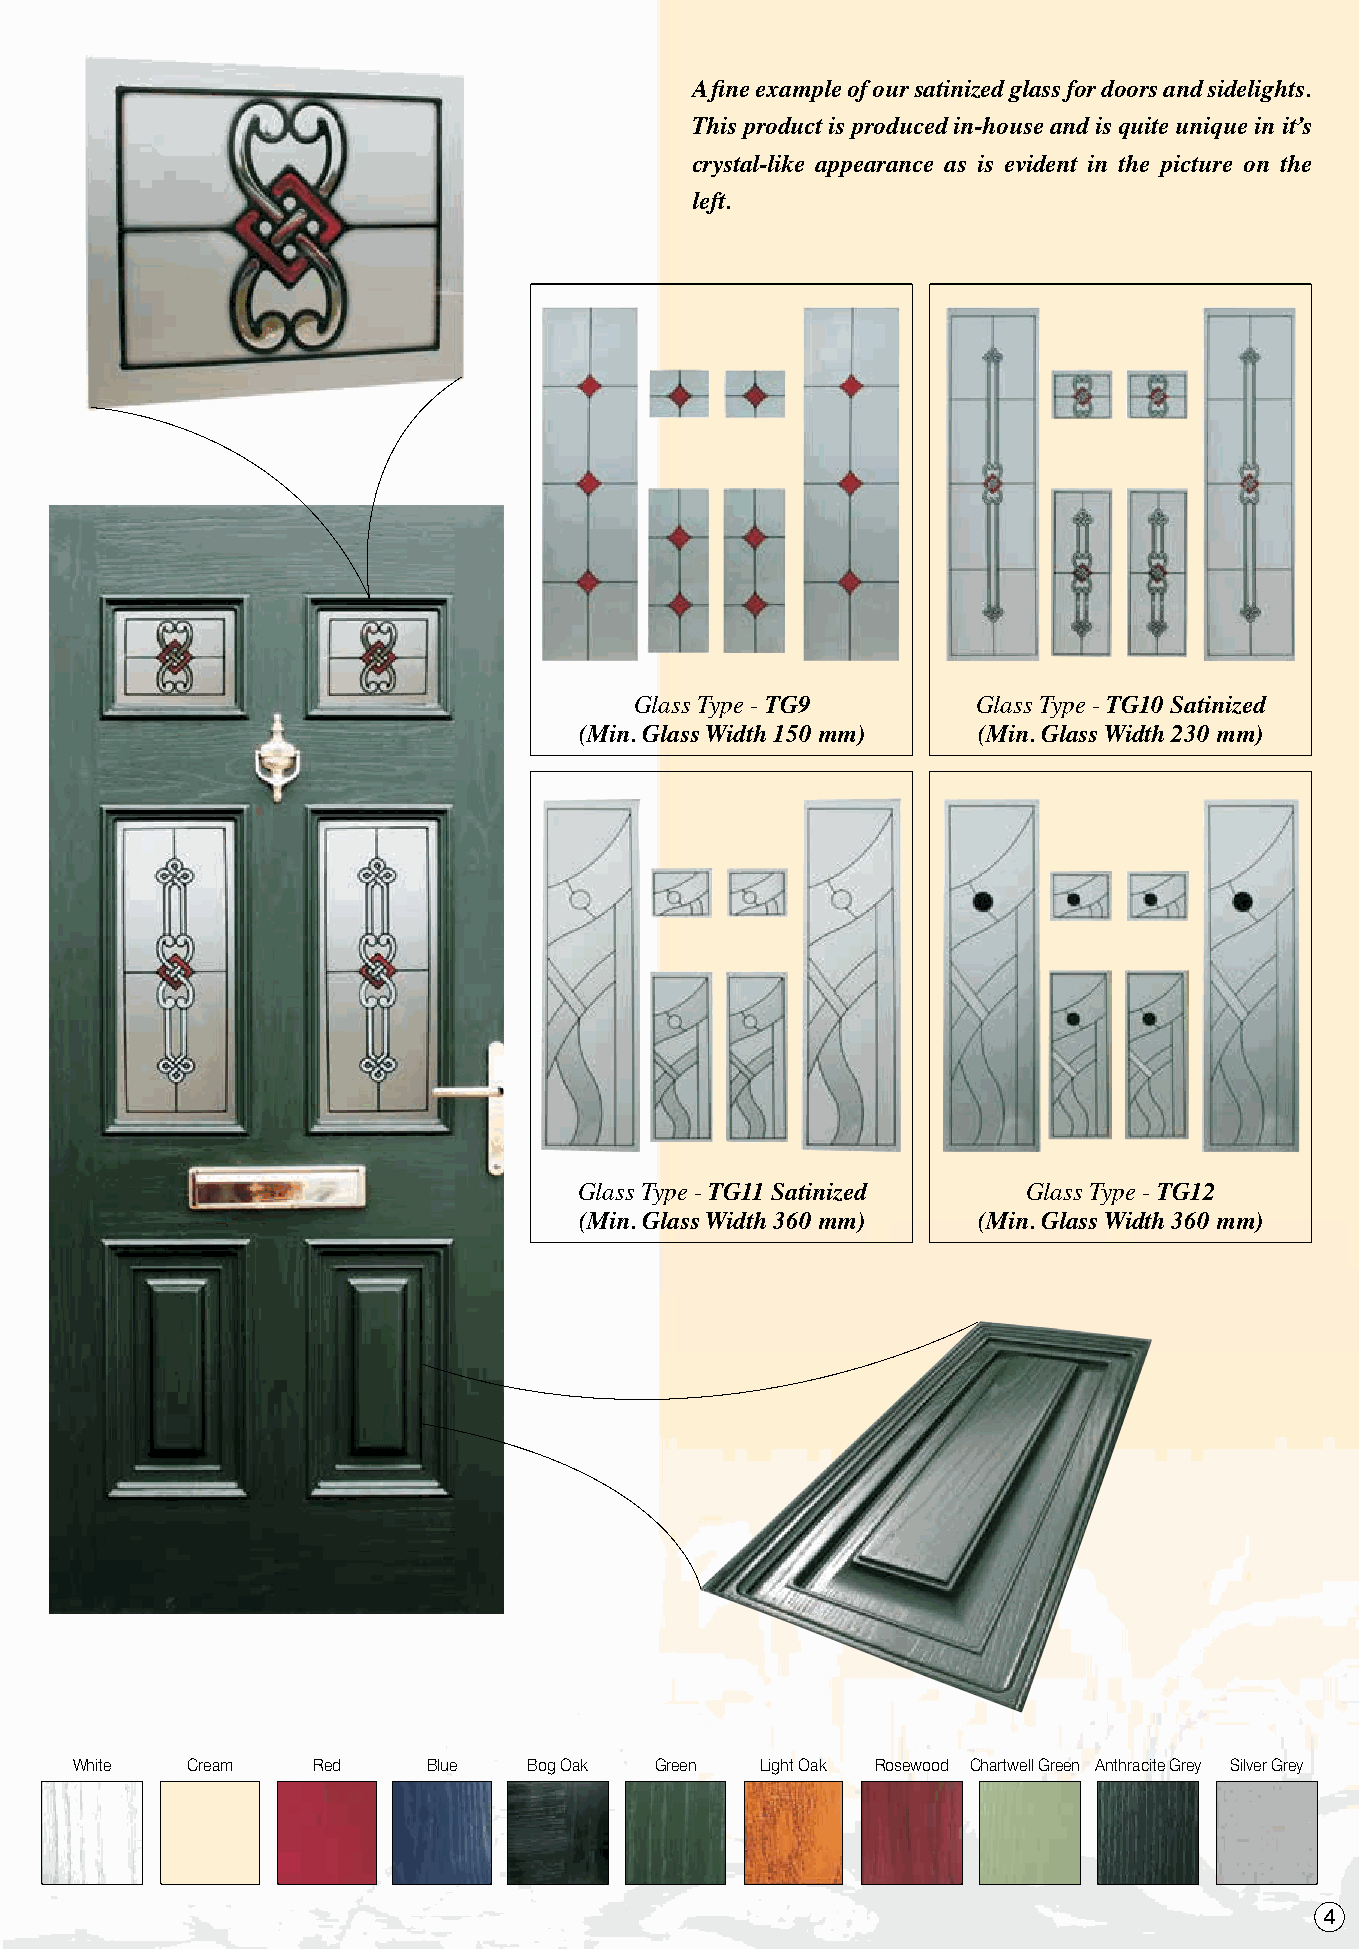
A fine example of our satinized glass for doors and sidelights.
 This product is produced in-house and is quite unique in it’s
 crystal-like appearance as is evident in the picture on the
 left.
 Glass Type - TG9       Glass Type - TG10 Satinized
 (Min. Glass Width 150 mm)  (Min. Glass Width 230 mm)
 Glass Type - TG11 Satinized   Glass Type - TG12
 (Min. Glass Width 360 mm)  (Min. Glass Width 360 mm)
 White  Cream    Red    Blue   Bog Oak Green  Light Oak Rosewood Chartwell Green Anthracite Grey Silver Grey
 4